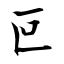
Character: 叵